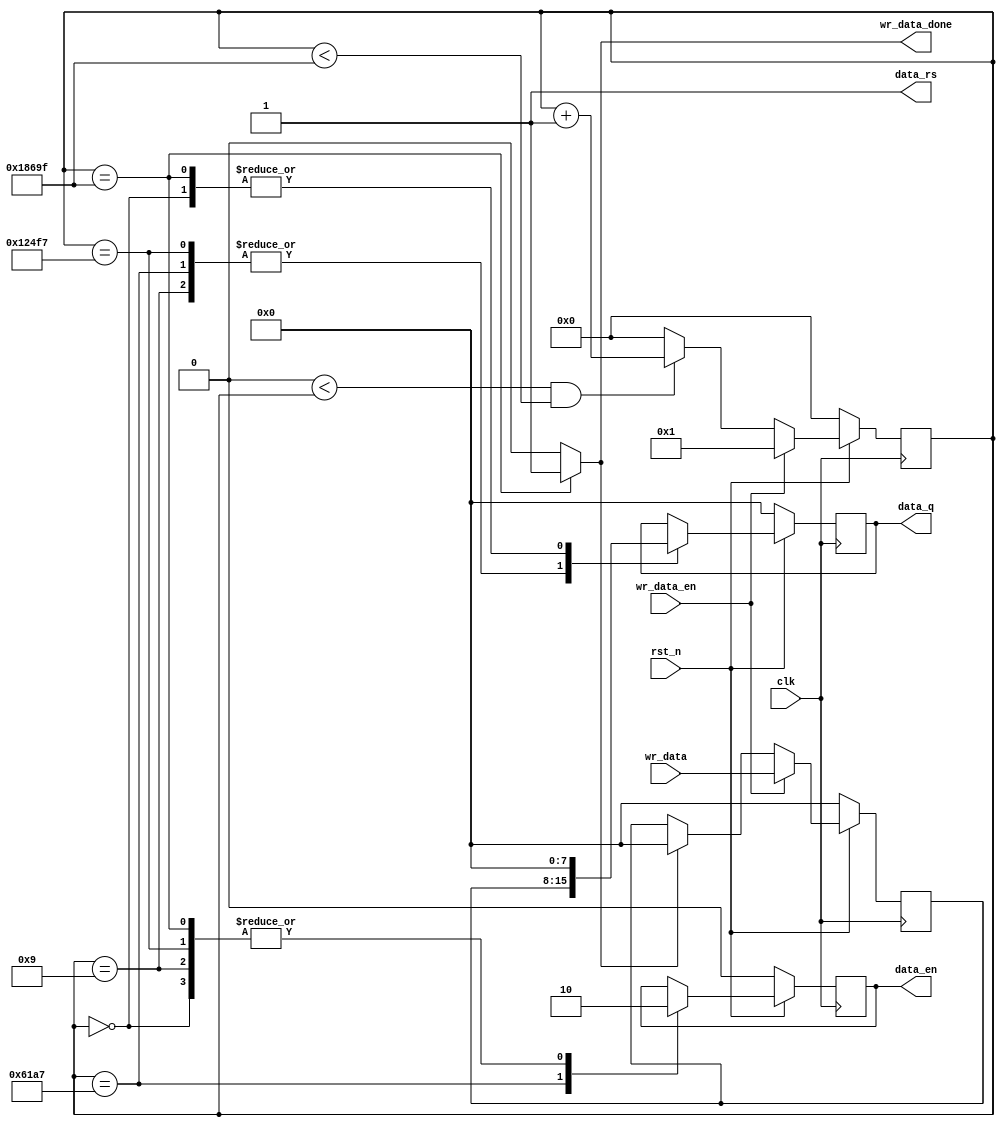
module lcd1602_wr_data(
	input     wire          clk,   //50MHz
	input     wire          rst_n,
										       
	input     wire  	       wr_data_en,
	input     wire  [7:0]   wr_data,
	output    wire          wr_data_done,
	
	output    reg   [7:0]   data_q,
	output    wire          data_rs,
	output    reg           data_en
);
	parameter    T_2ms  =  100_000;
	reg    [7:0]   wr_data_temp;
	reg    [16:0]  cnt;
	assign data_rs = 1'b1;
	always@(posedge clk)begin
		if(!rst_n)
			wr_data_temp <=8'd0;
		else if(wr_data_en)
			wr_data_temp<=wr_data;
		else if(wr_data_done)
			wr_data_temp <=8'd0;
		else
			wr_data_temp<=wr_data_temp;
	end
	always@(posedge clk)begin
		if(!rst_n)
			cnt<=17'd0;
		else if(wr_data_en==1'b1)
			cnt<=17'd1;
		else if(0<cnt && cnt<T_2ms-1'b1)
			cnt<=cnt+1'b1;
		else
			cnt<=17'd0;
	end
	always@(posedge clk)begin
		if(!rst_n)
			begin data_q<=8'd0;data_en<=1'b0;end
		else case(cnt)
			17'd0              : begin data_q<=8'd0;data_en<=1'b0;end
			17'd9              : begin data_q<=wr_data_temp;data_en<=1'b0;end
			(T_2ms/4)-1'b1     : begin data_q<=wr_data_temp;data_en<=1'b1;end
			(3*(T_2ms/4))-1'b1 : begin data_q<=wr_data_temp;data_en<=1'b0;end
			T_2ms-1'b1     : begin data_q<=8'd0;data_en<=1'b0;end
			default : begin data_q<=data_q;data_en<=data_en;end
		endcase
	end
	
	assign wr_data_done = (cnt==T_2ms-1'b1)?1'b1:1'b0;
endmodule